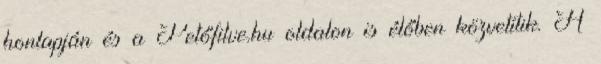
honlapján és a Petőfilve.hu oldalon is élőben közvetítik. A